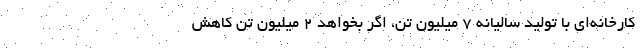
کارخانه‌ای با تولید سالیانه ۷ میلیون تن، اگر بخواهد ۲ میلیون تن کاهش